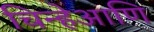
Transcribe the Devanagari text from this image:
चिन्हेआणि